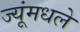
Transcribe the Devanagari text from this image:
ज्यूंमधले